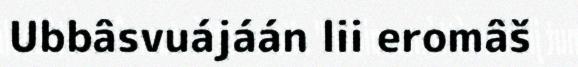
Ubbâsvuájáán lii eromâš